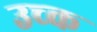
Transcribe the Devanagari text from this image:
उच्क